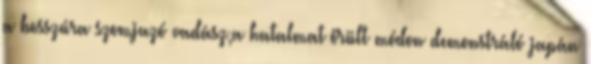
a bosszúra szomjazó vadász,a hatalmat őrült módon demonstráló japán